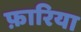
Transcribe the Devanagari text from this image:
फ़ारिया